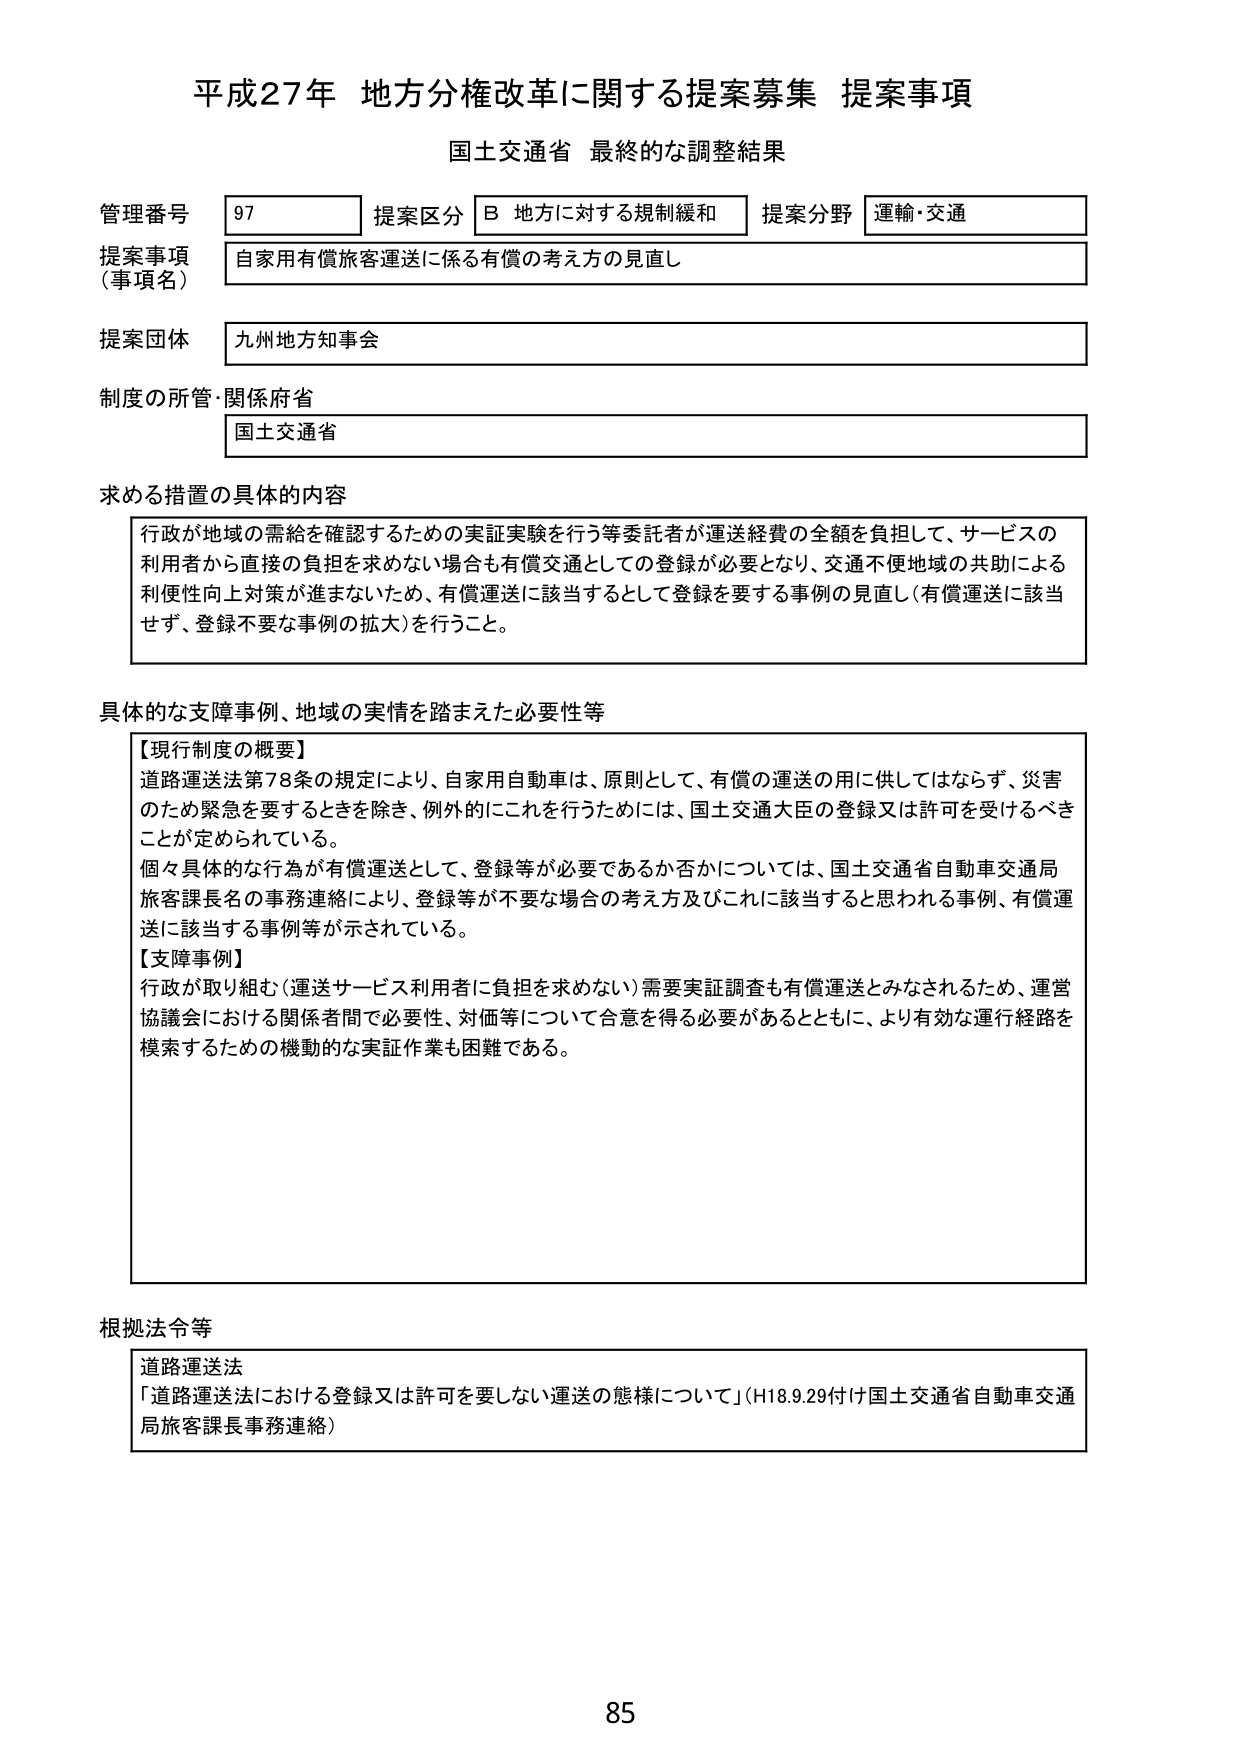
平成27年 地方分権改革に関する提案募集 提案事項
国土交通省 最終的な調整結果

管理番号 97
提案区分 B 地方に対する規制緩和
提案分野 運輸・交通

提案事項（事項名）
自家用有償旅客運送に係る有償の考え方の見直し

提案団体
九州地方知事会

制度の所管・関係府省
国土交通省

求める措置の具体的内容
行政が地域の需給を確認するための実証実験を行う等委託者が運送経費の全額を負担して、サービスの利用者から直接の負担を求めない場合も有償交通としての登録が必要となり、交通不便地域の共助による利便性向上対策が進まないため、有償運送に該当するとして登録を要する事例の見直し（有償運送に該当せず、登録不要な事例の拡大）を行うこと。

具体的な支障事例、地域の実情を踏まえた必要性等
【現行制度の概要】
道路運送法第78条の規定により、自家用自動車は、原則として、有償の運送の用に供してはならず、災害のため緊急を要するときを除き、例外的にこれを行うためには、国土交通大臣の登録又は許可を受けるべきことが定められている。
個々具体的な行為が有償運送として、登録等が必要であるか否かについては、国土交通省自動車交通局旅客課長名の事務連絡により、登録等が不要な場合の考え方及びこれに該当するとと思われる事例、有償運送に該当する事例等が示されている。
【支障事例】
行政が取り組む（運送サービス利用者に負担を求めない）需要実証調査も有償運送とみなされるため、運営協議会における関係者間で必要性、対価等について合意を得る必要があるとともに、より有効な運行経路を模索するための機動的な実証作業も困難である。

根拠法令等
道路運送法
「道路運送法における登録又は許可を要しない運送の態様について」（H18.9.29付け国土交通省自動車交通局旅客課長事務連絡）

85